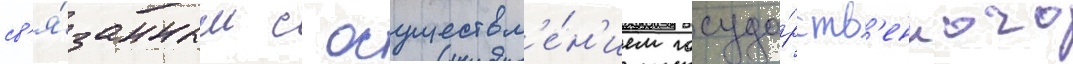
св'я́занным с осуществл'е́н'ием госуда́рств'енного